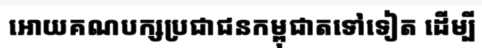
អោយគណបក្សប្រជាជនកម្ពុជាតទៅទៀត ដើម្បី